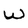
Character: W